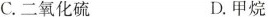
C.二氧化硫D.甲烷